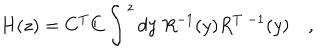
H ( z ) = C ^ { T } C \int ^ { z } d y \; R ^ { - 1 } ( y ) R ^ { T \; - 1 } ( y ) \quad ,